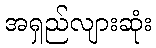
အရှည်လျားဆုံး